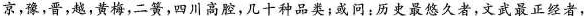
京,豫,晋,越,黄梅,二簧,四川高腔,几十种品类;或问:历史最悠久者,文武最正经者，